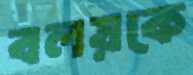
বলয়কে